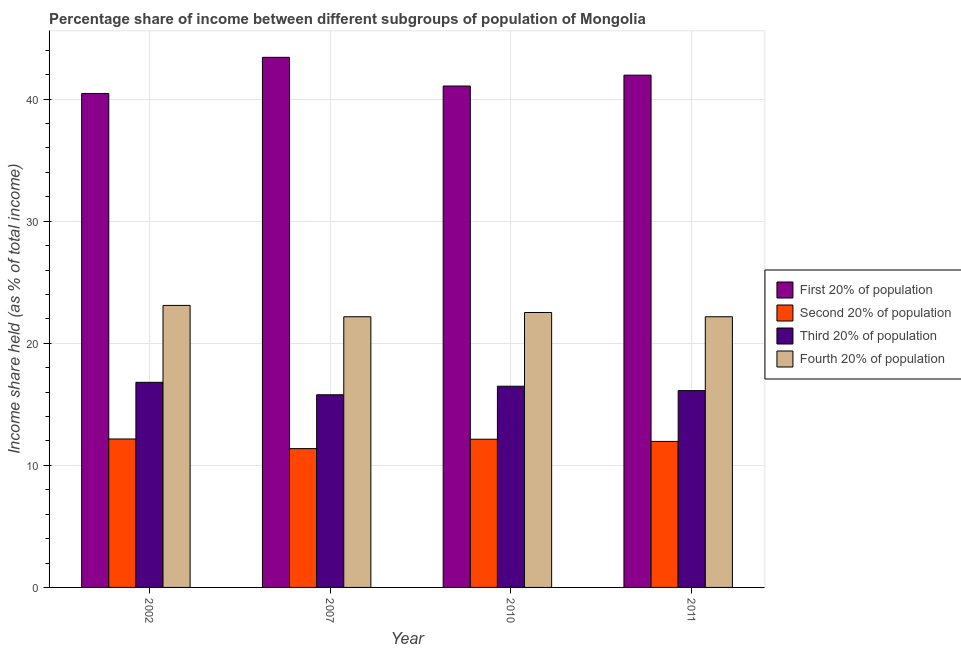
| Year | First 20% of population | Second 20% of population | Third 20% of population | Fourth 20% of population |
 | --- | --- | --- | --- | --- |
 | 2002 | 40.5 | 12.2 | 16.8 | 23.1 |
 | 2007 | 43.4 | 11.4 | 15.8 | 22.2 |
 | 2010 | 41.1 | 12.1 | 16.5 | 22.5 |
 | 2011 | 42 | 12 | 16.1 | 22.2 |